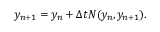
y _ { n + 1 } = y _ { n } + \Delta t N ( y _ { n } , y _ { n + 1 } ) .